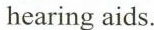
hearing aids